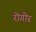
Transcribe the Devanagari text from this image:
रोगोर